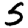
Digit: 5